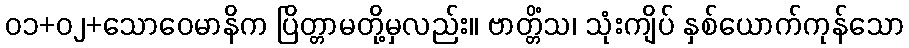
၀၁+၀၂+သောဝေမာနိက ပြိတ္တာမတို့မှလည်း။ ဗာတ္တိံသ၊ သုံးကျိပ် နှစ်ယောက်ကုန်သော